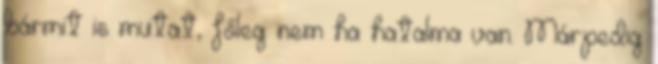
bármit is mutat, főleg nem ha hatalma van. Márpedig